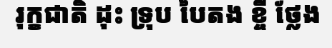
រុក្ខជាតិ ដុះ ទ្រុប បៃតង ខ្ចី ថ្លែង